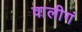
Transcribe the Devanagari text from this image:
वालीगं